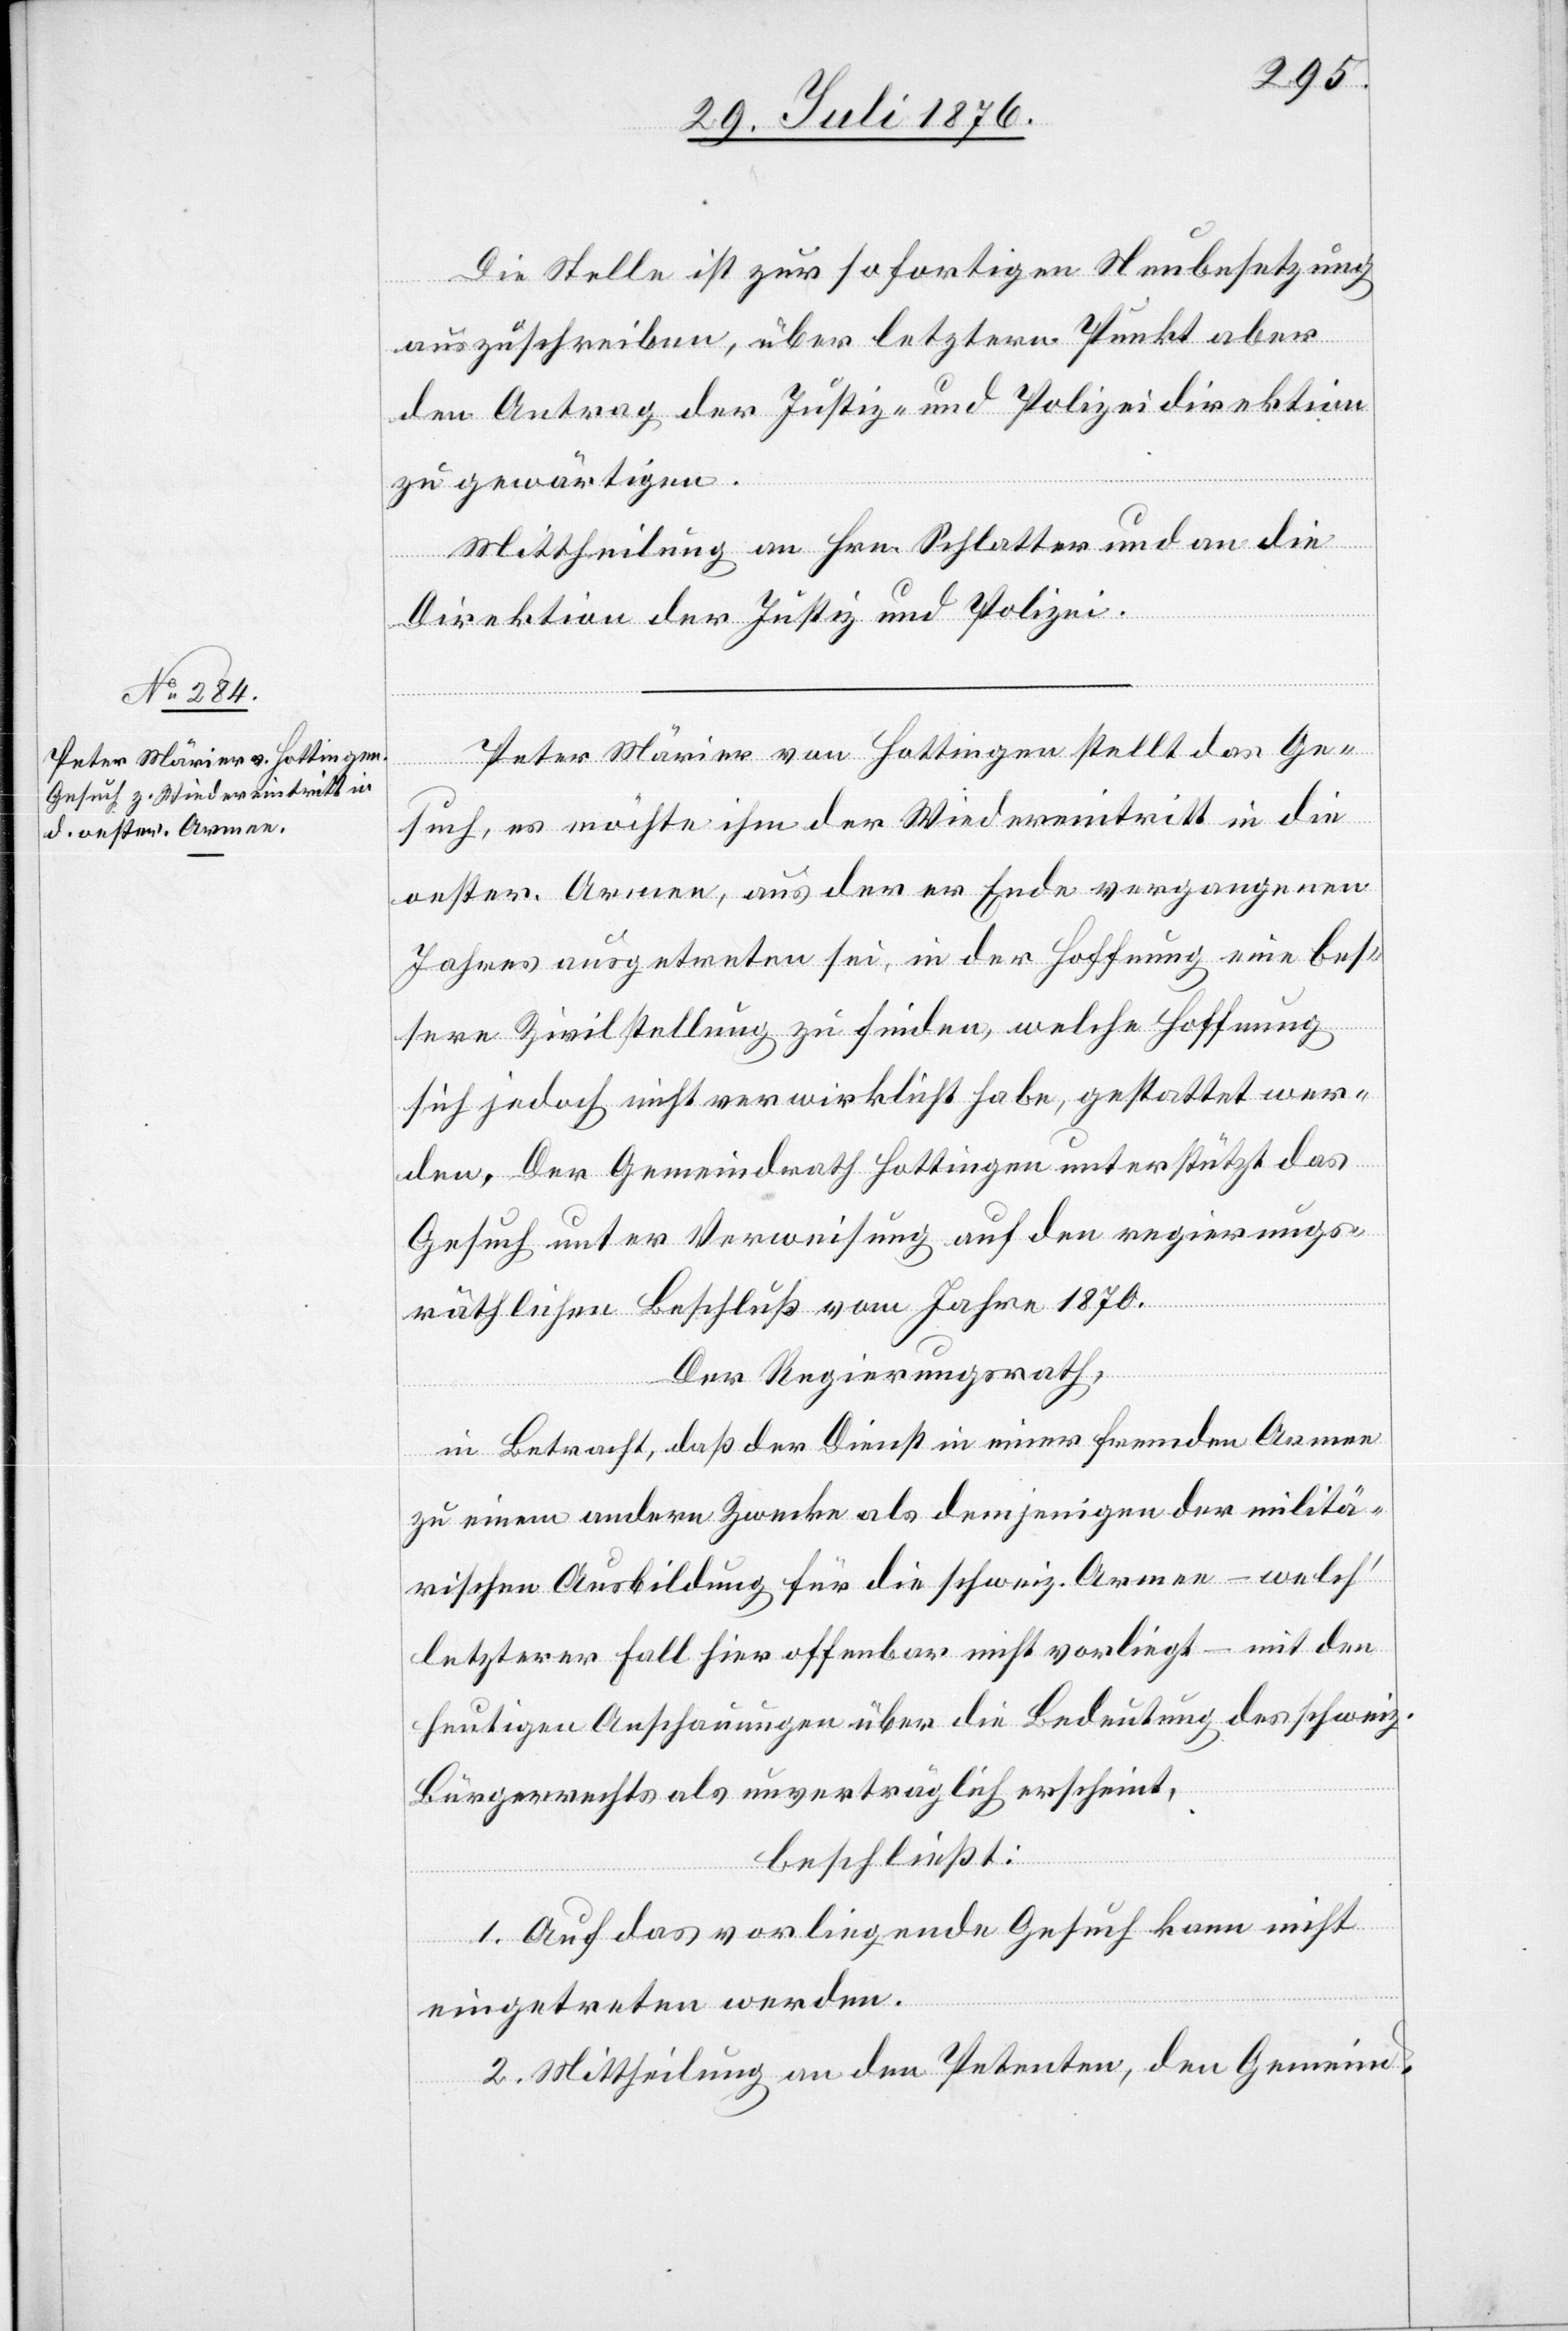
Die Stelle ist zur sofortigen Neubesetzung
auszuschreiben, über letztern Punkt aber
den Antrag der Justiz- und Polizeidirektion
zu gewärtigen.
Mittheilung an Hrn. Schlatter und an die
Direktion der Justiz und Polizei.
Peter Märier von Hottingen stellt das Ge¬
such, es möchte ihm der Wiedereintritt in die
oester. Armee, aus der er Ende vergangenen
Jahres ausgetreten sei, n der Hoffnung eine bes¬
sere Zivilstellung zu finden, welche Hoffnung
sich jedoch nicht verwirklicht habe, gestattet wer¬
den. Der Gemeindrath Hottingen unterstützt das
Gesuch unter Verweisung auf den regierungs¬
räthlichen Beschluß vom Jahre 1870.
Der Regierungsrath,
in Betracht, daß der Dienst in einer fremden Armee
zu einem andern Zwecke als demjenigen der militä¬
rischen Ausbildung für die schweiz. Armee – welch’
letzterer Fall hier offenbar nicht vorliegt – mit den
heutigen Anschauungen über die Bedeutung des schweiz.
Bürgerrechts als unverträglich erscheint,
beschließt:
1. Auf das vorliegende Gesuch kann nicht
eingetreten werden.
2. Mittheilung an den Petenten, den Gemeind-